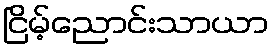
ငြိမ့်ညောင်းသာယာ